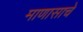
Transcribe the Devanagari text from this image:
माणासाचे